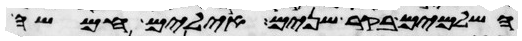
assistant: השלמים בקר שנים אילים חמשה